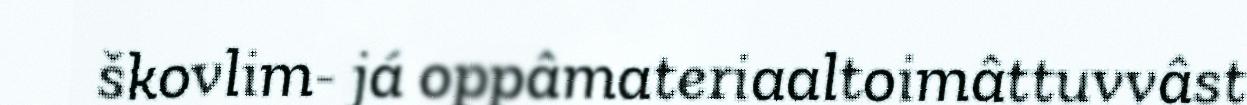
škovlim- já oppâmateriaaltoimâttuvvâst